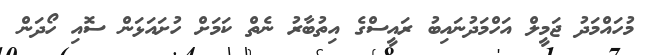
މުހައްމަދު ޖަމީލް އަހްމަދުނައިބު ރައީސްގެ އިތުބާރު ނެތް ކަމަށް ހުށައަޅަން ސޮއި ހޯދަން